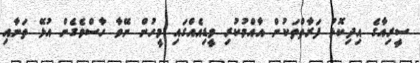
ސީރިއާގެ އިދިކޮޅު ފަރާތްތަކުން އާއްމުކުރި ވީޑިއެއްގައި މީހުން ނޭވާ ހާސްވެގެން އުޅޭ ތަނާއި